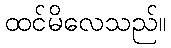
ထင်မိလေသည်။